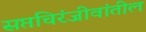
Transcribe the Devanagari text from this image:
सप्तचिरंजीवांतील